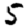
Digit: 5